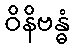
ဝိနိဗန္ဓံ